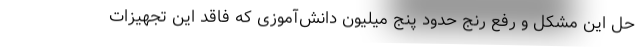
حل این مشکل و رفع رنج حدود پنج میلیون دانش‌آموزی که فاقد این تجهیزات